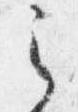
之